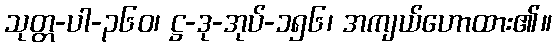
သုတ္တ-ပါ-၃၆၀၊ ဋ္ဌ-ဒု-အုပ်-၁၅၆၊ အကျယ်ဟောထား၏။